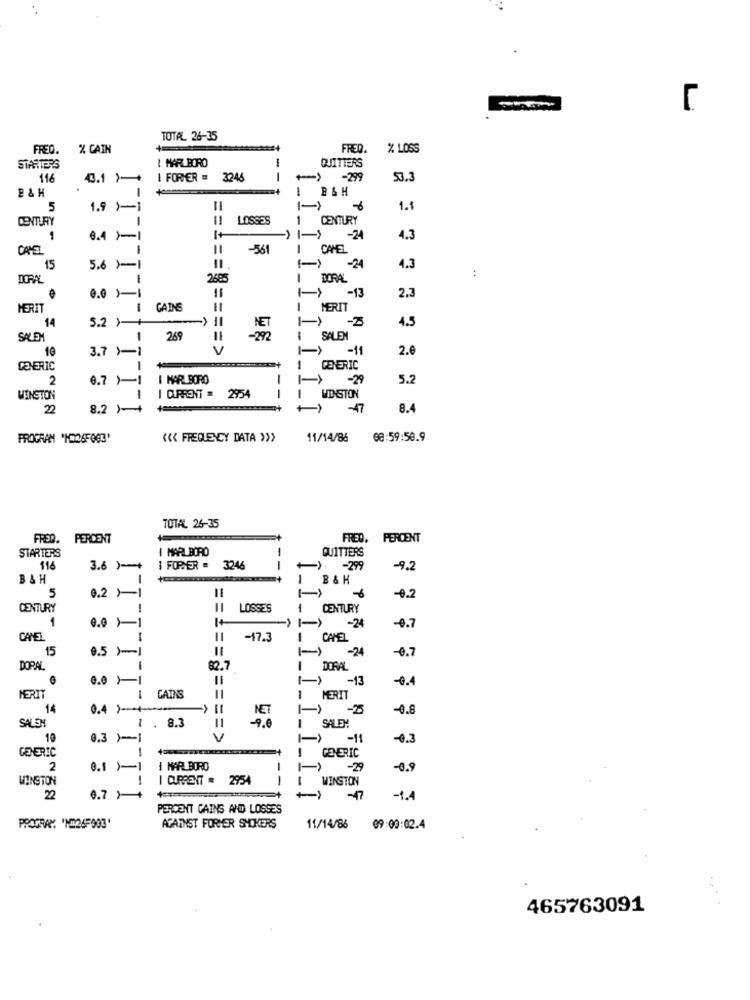
L
TOTAL 26-35
FREQ.
% CAIN
FRED.
% LOSS
I MARLBORO
STARTERS
QUITTERS
116
43.1 )-+
I FORMER =
--
-299
53.3
E & H
! B&H
5
1.9 )-1
-
1.1
LOSSES
CENTURY
CENTURY
1
1
8.4 >-1
1+
-24
4.3
COREL
-561
i
CAMEL
15
5.6 )-1
-24
4.3
:
DORAL
2685
DORAL
0.0 )-1
-13
2.3
HERIT
CAINS
HERIT
5.2 )-+
4.5
14
SALEM
1
269
SALEN
3.7 )-1
V
:3 == 8 ==== >
-11
2.0
GENERIC
1
GENERIC
2
0.7 >1
I MARLBORO
-29
5.2
WINSTON
1
I CURRENT = 2954
--
WINSTON
22
8.2 )-+
-17
8.4
PROGRAM "10326F003'
<<< FREQUENCY DATA >>>
11/14/86
08:59:59.9
TOTAL 26-35
FRED. PERCENT
FRED. PERCENT
STARTERS
1 MARLBORO
QUITTERS
116
3.6 )-+
I FORMER = 3246
-
-)- - 299
-9.2
B &H
B & H
0.2 Y1
5
-9.2
CENTURY
LOSSES
CENTURY
1
1+
0.0 ×1
-24
-0.7
CANEL
-17.3
CAMEL
15
0.5 )-1
-24
-0.7
DOPAL
82.7
===== C
DORAL
.
-13
-0.4
MERIT
CATNS
1
MERIT
14
0.4 )-++
NET
-28
-0.8
1
. 8.3
11
-9.0
SALEN
SALEM
10
0.3 )-1
V
-0.3
1
GENERIC
GENERIC
2
0.1 )-1
1 MARLBORO
-29
-0.9
WINSTON
I CURRENT = 2954
WINSTON
22
0.7 )+
-47
-1.4
PERCENT CAINS AND LOSSES
PROGRAM. 'NI26F903'
AGAINST FORHER SHOKERS
11/14/86 09:00:02.4
465763091